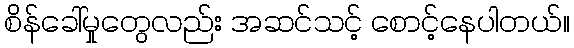
စိန်ခေါ်မှုတွေလည်း အဆင်သင့် စောင့်နေပါတယ်။